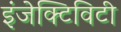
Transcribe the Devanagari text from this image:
इंजेक्टिविटी